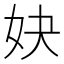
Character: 妜